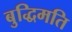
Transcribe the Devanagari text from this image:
बुद्धिमति